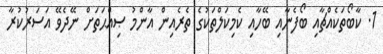
1. ކާބޯތަކެއްޗާއި ބޯފެނާއި ބޭހާއި ކެމިކަލްތަކުގެ ތެރެއިން އާންމު ޞިއްޙަތަށް ނޭދެވޭ އަސަރުކުރާ